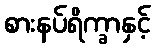
စားနပ်ရိက္ခာနှင့်